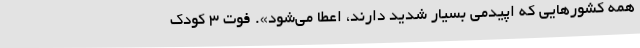
همه کشورهایی که اپیدمی بسیار شدید دارند، اعطا می‌شود». فوت 3 کودک